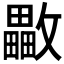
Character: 𣀡